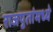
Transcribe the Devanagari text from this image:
राजपुतांमध्ये